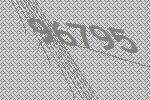
96795